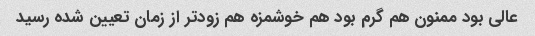
عالی بود ممنون هم گرم بود هم خوشمزه هم زودتر از زمان تعیین شده رسید